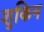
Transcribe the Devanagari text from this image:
शुकिन